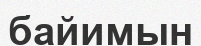
байимын